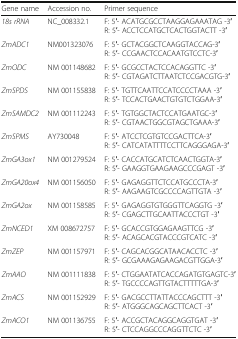
| Gene name | Accession no. | Primer sequence |
 | --- | --- | --- |
 | 18s rRNA | NC_008332.1 | F: 5′- ACATGCGCCTAAGGAGAAATAG -3′R: 5′- ACCTCCATGCTCACTGGTACTT -3′ |
 | ZmADC1 | NM001323076 | F: 5′- GCTACGGCTCAAGGTACCAG-3′R: 5′- CCGAACTCCACAATGTCCTC-3′ |
 | ZmODC | NM 001148682 | F: 5′- GCGCCTACTCCACAGGTTC -3′R: 5′- CGTAGATCTTAATCTCCGACGTG-3′ |
 | ZmSPDS | NM 001155838 | F: 5′- TGTTCAATTCCATCCCCTAAA -3′R: 5′- TCCACTGAACTGTGTCTGGAA-3′ |
 | ZmSAMDC2 | NM 001112243 | F: 5′- TGTGGCTACTCCATGAATGC-3′R: 5′- CGTAACTGGCGTAGCTGAAA-3′ |
 | ZmSPMS | AY730048 | F: 5′- ATCCTCGTGTCCGACTTCA-3′R: 5′- CATCATATTTTCCTTCAGGGAGA-3′ |
 | ZmGA3ox1 | NM 001279524 | F: 5′- CACCATGCATCTCAACTGGTA-3′R: 5′- GAAGGTGAAGAAGCCCGAGT -3′ |
 | ZmGA20ox4 | NM 001156050 | F: 5′- GAGAGGTTCTCCATGCCCTA-3′R: 5′- AAGAAGTCGCCCCAGTTGTA -3′ |
 | ZmGA2ox | NM 001158585 | F: 5′- GAGAGGTGTGGGTTCAGGTG -3′R: 5′- CGAGCTTGCAATTACCCTGT -3′ |
 | ZmNCED1 | XM 008672757 | F: 5′- GCACCGTGGAGAAGTTCG -3′R: 5′- ACAGCACGTACCCGTCATC -3′ |
 | ZmZEP | NM 001157971 | F: 5′- CAGCACGGCATAACACCTC -3′R: 5′- GCGAAAGAGAAGACGTTGGA-3′ |
 | ZmAAO | NM 001111838 | F: 5′- CTGGAATATCACCAGATGTGAGTC-3′R: 5′- TGCCCCAGTTGTACTTTTTGA-3′ |
 | ZmACS | NM 001152929 | F: 5′- GACGCCTTATTACCCAGCTTT -3′R: 5′- ATGGGCAGCAGCTTCACT -3′ |
 | ZmACO1 | NM 001136755 | F: 5′- ACCGCTACAGGCAGGTGAT -3′R: 5′- CTCCAGGCCCAGGTTCTC -3′ |